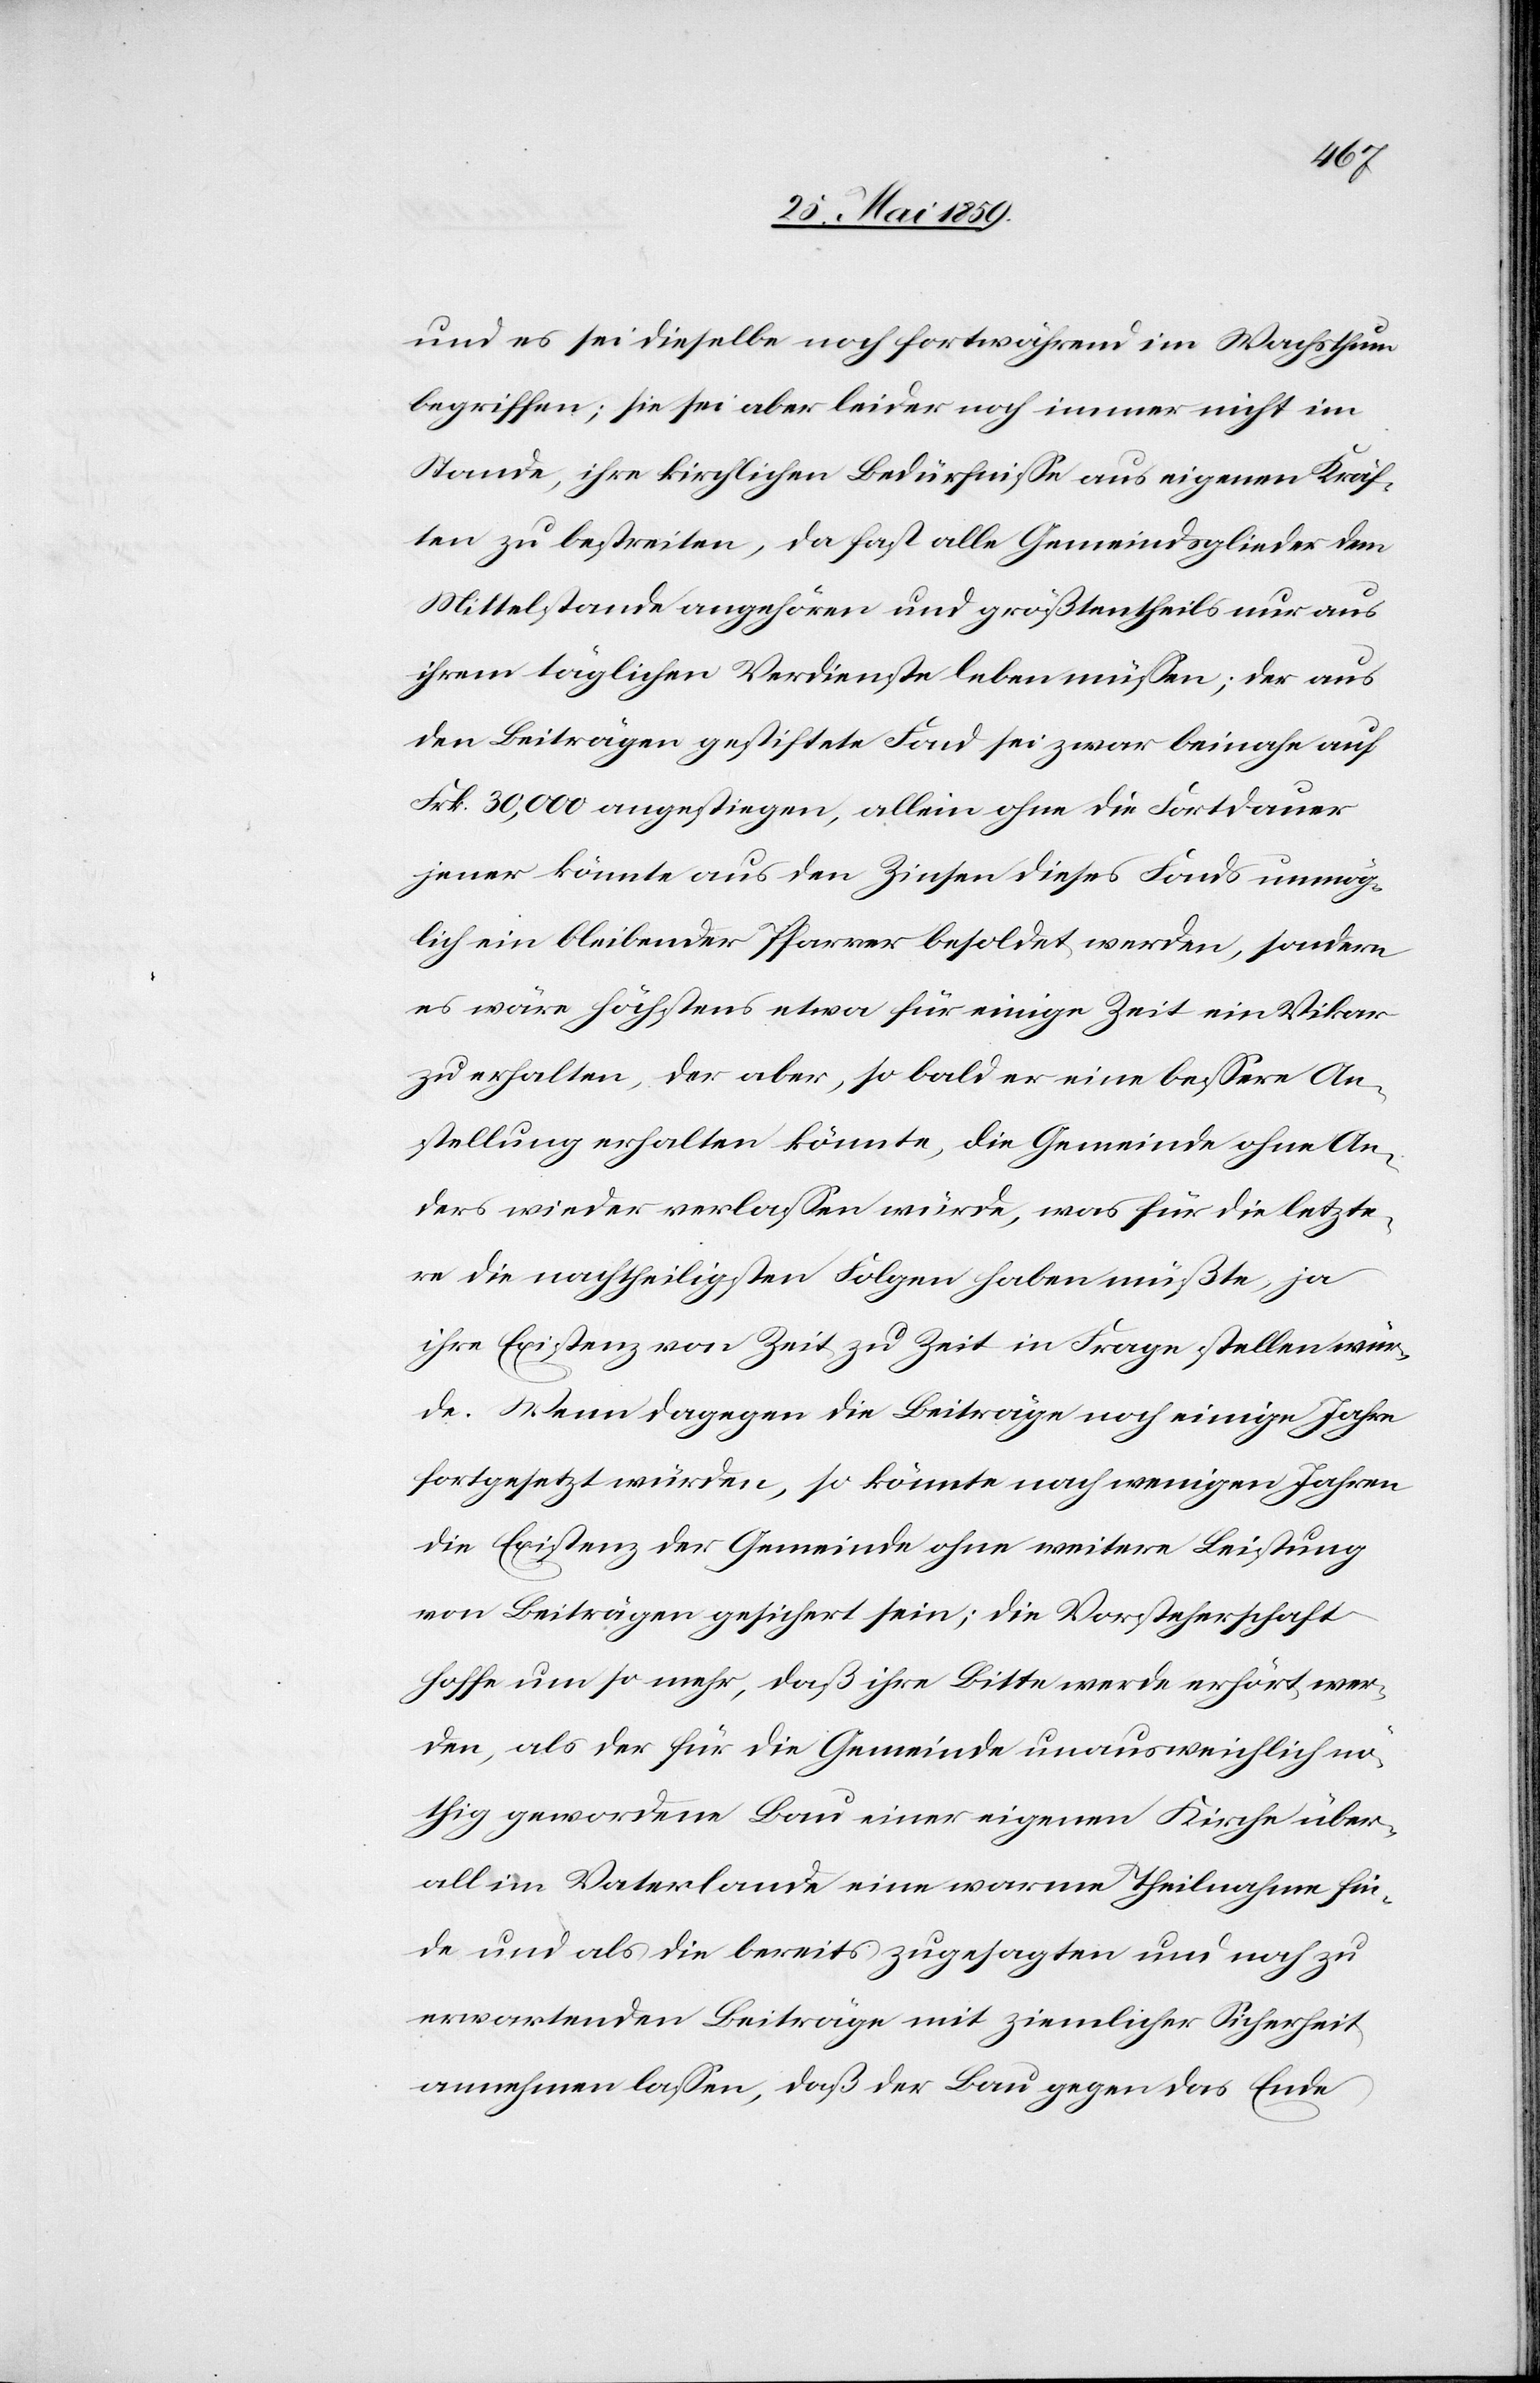
und es sei dieselbe noch fortwährend im Wachsthum
begriffen; sie sei aber leider noch immer nicht im
Stande, ihre kirchlichen Bedürfnisse aus eigenen Kräf¬
ten zu bestreiten, da fast alle Gemeindsglieder dem
Mittelstande angehören und größtentheils nur aus
ihrem täglichen Verdienste leben müssen; der aus
den Beiträgen gestiftete Fond sei zwar beinahe auf
Frk. 30.000 angestiegen, allein ohne die Fortdauer
jener könnte aus den Zinsen dieses Fonds unmög¬
lich ein bleibender Pfarrer besoldet werden, sondern
es wäre höchstens etwa für einige Zeit ein Vikar
zu erhalten, der aber, so bald er eine bessere An¬
stellung erhalten könnte, die Gemeinde ohne An¬
ders wieder verlassen würde, was für die letzte¬
re die nachtheiligsten Folgen haben müßte, ja
ihre Existenz von Zeit zu Zeit in Frage stellen wür¬
de. Wenn dagegen die Beiträge noch einige Jahre
fortgesetzt würden, so könnte nach wenigen Jahren
die Existenz der Gemeinde ohne weitere Leistung
von Beiträgen gesichert sein; die Vorsteherschaft
hoffe um so mehr, daß ihre Bitte werde erhört wer¬
den, als der für die Gemeinde unausweichlich nö¬
thig gewordene Bau einer eigenen Kirche über¬
all im Vaterlande eine warme Theilnahme fin¬
de und als die bereits zugesagten und noch zu
erwartenden Beiträge mit ziemlicher Sicherheit
annehmen lassen, daß der Bau gegen das Ende